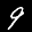
Label: 9